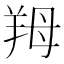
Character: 䍭